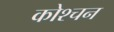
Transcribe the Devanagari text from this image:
कोश्चन